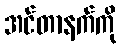
အင်တာနက်ကို